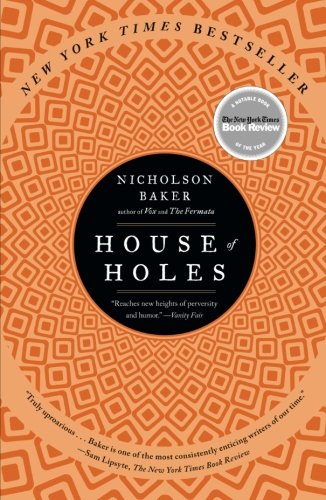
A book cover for House of Holes; Nicholson Baker; Romance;